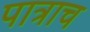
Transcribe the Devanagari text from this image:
पात्राच